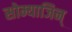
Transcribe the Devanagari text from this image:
सोम्याजिन्